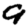
Digit: 9